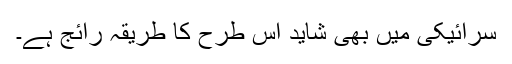
سرائیکی میں بھی شاید اس طرح کا طریقہ رائج ہے۔